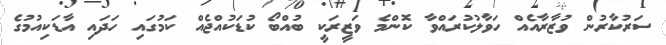
ސަރުކާރުން ވުޒާރާއެއް ހަވާލުކުރައްވާ ކޮންމެ ވަޒީރަކީ ބުުއްބޯ ކުޑަކުއްޖެއް ކަމުގައި ހަދައި އާޑަކިއުމުގެ